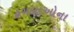
ઢગલાઓના